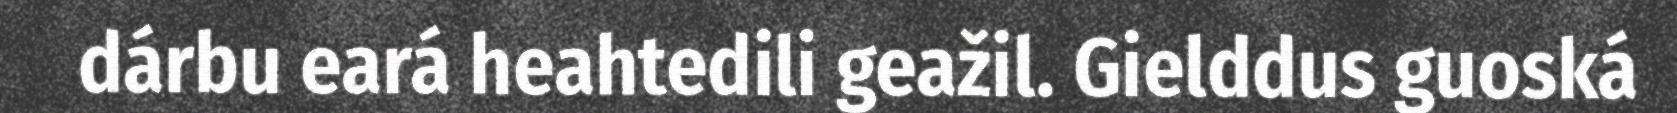
dárbu eará heahtedili geažil. Gielddus guoská